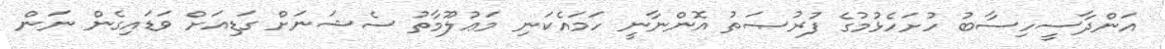
އަންދާސީހިސާބު ހުށަހެޅުމުގެ ފުރުޞަތު އޮންނާނީ ހަމައެކަނި މަޢުލޫމާތު ސެޝަނަށް ގަޑިއަށް ވަޑައިގެން ނަން